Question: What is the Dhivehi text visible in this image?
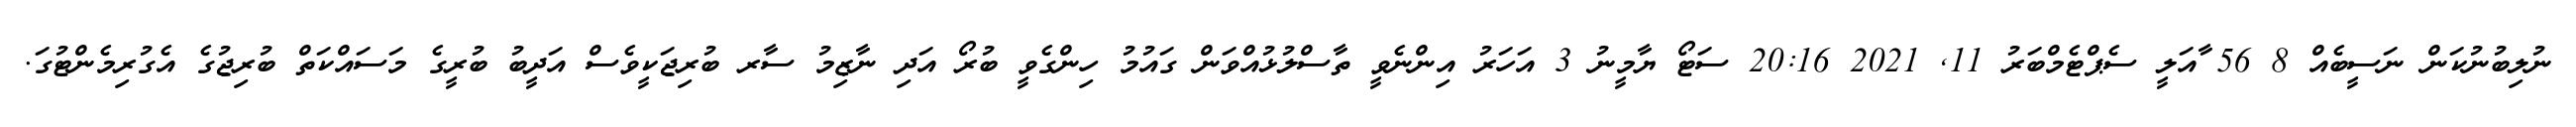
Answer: ނުލިބުނުކަން ނަސީބެއް 8 56 ާއަލީ ސެޕްޓެމްބަރު 11, 2021 20:16 ސަޓޯ ޔާމީނު 3 އަހަރު އިންނެވީ ތާސްލުޅުއްވަން ގައުމު ހިންގެވީ ބުރޯ އަދި ނާޒިމު ސާރ ބުރިޖަކީވެސް އަދީބު ބުރީގެ މަސައްކަތް ބުރިޖުގެ އެގުރިމެންޓުގަ.